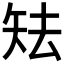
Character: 𥎰